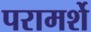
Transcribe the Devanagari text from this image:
परामर्शे